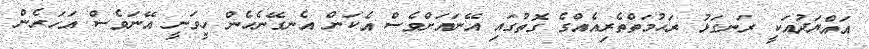
އައްޔަދުއަކީ ރަނގަޅު ރަޙުމަތްތެރިއެއްގެ ގޮތުގައި އޭނައަށްވެސް އެކަން އެނގޭނެހެން ހީވަނީ އޭނަވެސް އަހަރެން